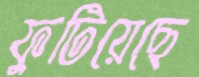
ফুটিয়েছে